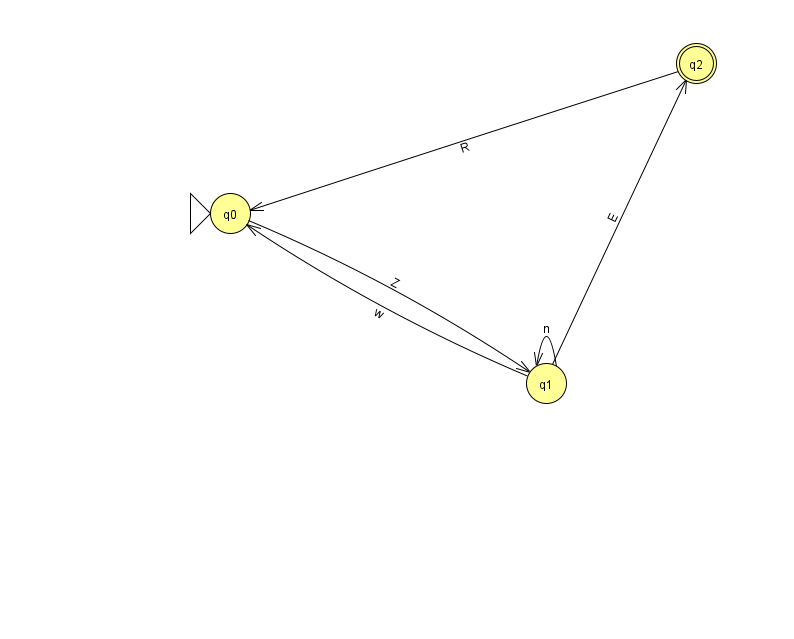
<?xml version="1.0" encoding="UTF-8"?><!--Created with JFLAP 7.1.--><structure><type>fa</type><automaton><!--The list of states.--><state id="0" name="q0"><x>230.0</x><y>200.0</y><initial/></state><state id="1" name="q1"><x>546.0</x><y>370.0</y></state><state id="2" name="q2"><x>696.0</x><y>50.0</y><final/></state><!--The list of transitions.--><transition><from>1</from><to>0</to><read>w</read></transition><transition><from>2</from><to>0</to><read>R</read></transition><transition><from>1</from><to>2</to><read>E</read></transition><transition><from>1</from><to>1</to><read>n</read></transition><transition><from>0</from><to>1</to><read>Z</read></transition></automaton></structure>